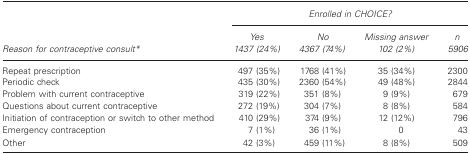
<table><thead><tr><td></td><td colspan="4"><b><i>Enrolled in CHOICE?</i></b></td></tr><tr><td><b><i>Reason for contraceptive consult*</i></b></td><td><b><i>Yes 1437 (24%)</i></b></td><td><b><i>No 4367 (74%)</i></b></td><td><b><i>Missing answer 102 (2%)</i></b></td><td><b><i>n 5906</i></b></td></tr></thead><tbody><tr><td>Repeat prescription</td><td>497 (35%)</td><td>1768 (41%)</td><td>35 (34%)</td><td>2300</td></tr><tr><td>Periodic check</td><td>435 (30%)</td><td>2360 (54%)</td><td>49 (48%)</td><td>2844</td></tr><tr><td>Problem with current contraceptive</td><td>319 (22%)</td><td>351 (8%)</td><td>9 (9%)</td><td>679</td></tr><tr><td>Questions about current contraceptive</td><td>272 (19%)</td><td>304 (7%)</td><td>8 (8%)</td><td>584</td></tr><tr><td>Initiation of contraception or switch to other method</td><td>410 (29%)</td><td>374 (9%)</td><td>12 (12%)</td><td>796</td></tr><tr><td>Emergency contraception</td><td>7(1%)</td><td>36 (1%)</td><td>0</td><td>43</td></tr><tr><td>Other</td><td>42 (3%)</td><td>459 (11%)</td><td>8 (8%)</td><td>509</td></tr></tbody></table>